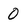
Character: 0